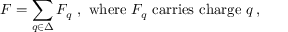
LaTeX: F = \sum _ { q \in \Delta } F _ { q } \mathrm { ~ , ~ w h e r e ~ } F _ { q } \mathrm { ~ c a r r i e s ~ c h a r g e ~ } q \, ,